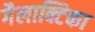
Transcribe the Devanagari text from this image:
गैलाक्टिका